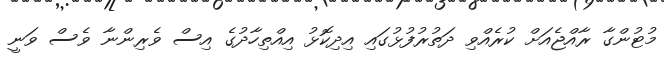
މުޓުންގާ ރާއްޖެއަށް ކުރެއްވި ދަތުރުފުޅުގައި އިދިކޮޅު އިއްތިހާދުގެ އިސް ވެރިންނާ ވެސް ވަނީ